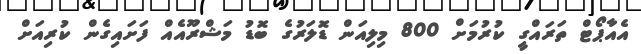
އެއާޕޯޓް ތަރައްގީ ކުރުމަށް 800 މިލިއަން ޑޮލަރުގެ ބޮޑު މަޝްރޫއެއް ފަށައިގެން ކުރިއަށް